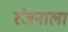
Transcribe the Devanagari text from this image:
रंजनाला